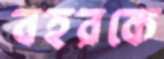
বহরকে